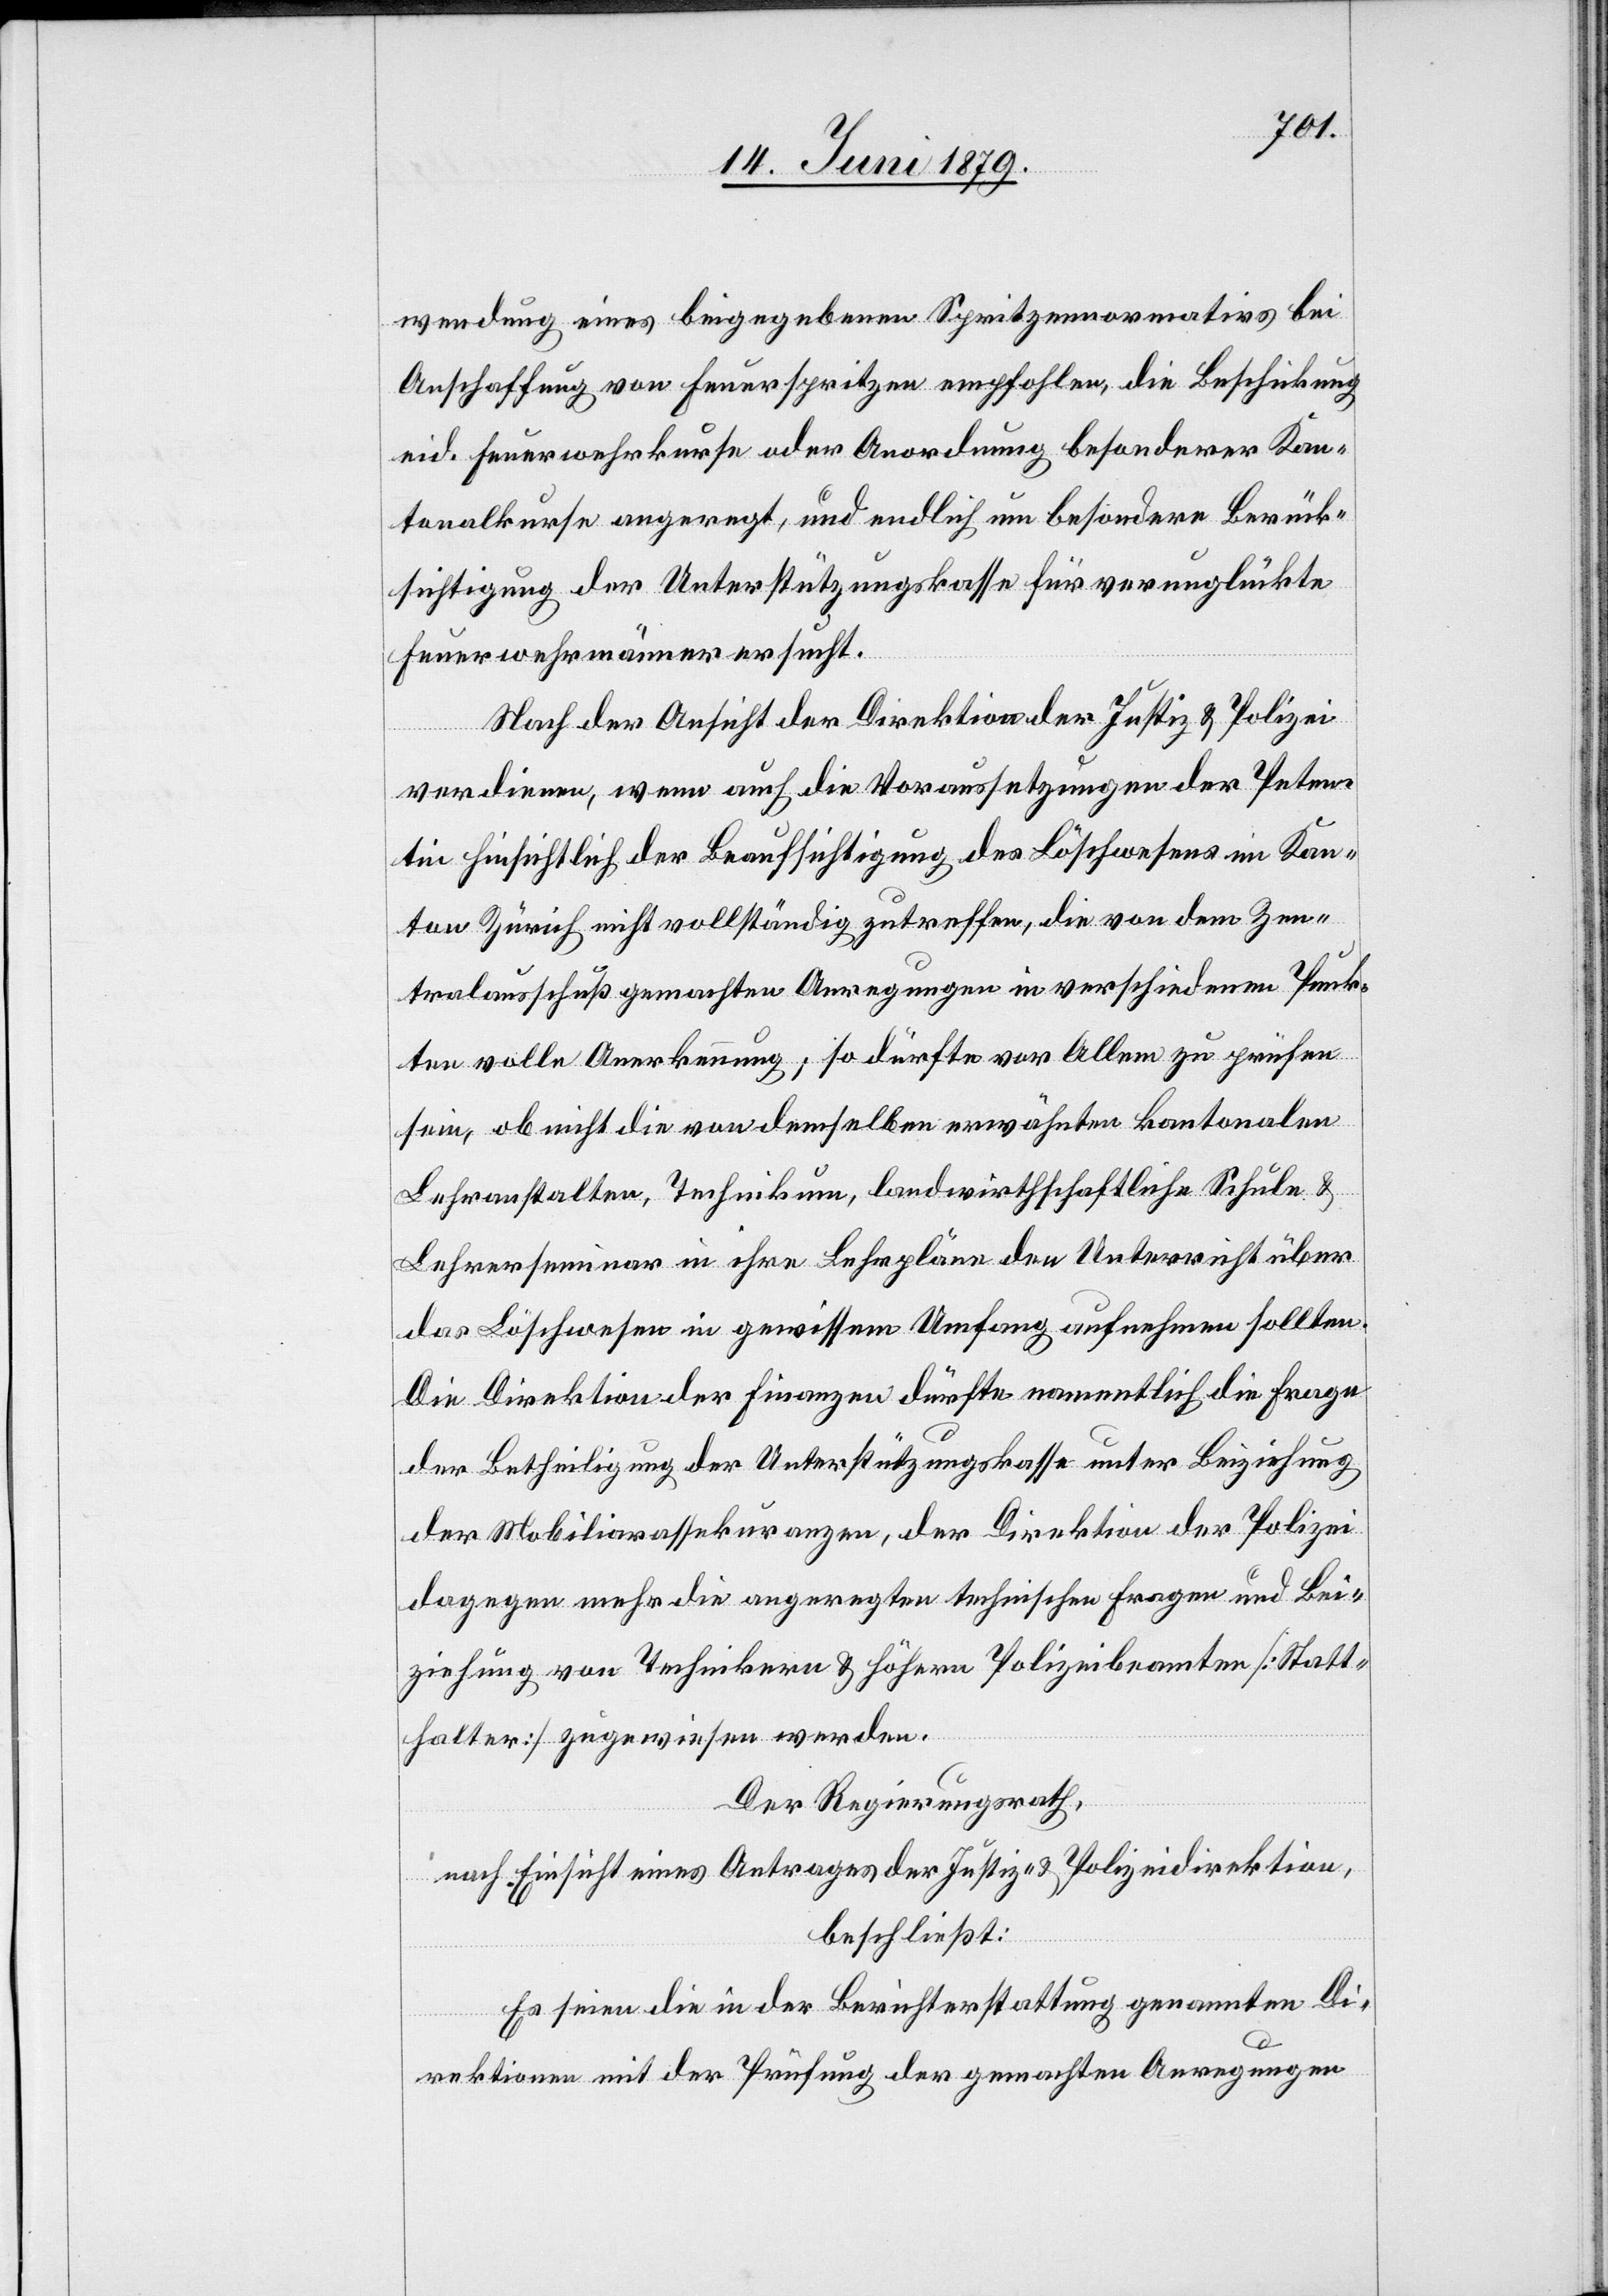
wendung eines beigegebenen Spritzennormativs bei
Anschaffung von Feuerspritzen empfohlen, die Beschickung
eid. Feuerwehrkurse oder Anordnung besonderer Kan¬
tonalkurse angeregt, und endlich um besondere Berück¬
sichtigung der Unterstützungskasse für verunglückte
Feuerwehrmänner ersucht.
Nach der Ansicht der Direktion der Justiz & Polizei
verdienen, wenn auch die Voraussetzungen der Peten¬
tin hinsichtlich der Beaufsichtigung des Löschwesens im Kan¬
ton Zürich nicht vollständig zutreffen, die von dem Zen¬
tralausschuß gemachten Anregungen in verschiedenen Punk¬
ten volle Anerkennung; so dürfte vor Allem zu prüfen
sein, ob nicht die von demselben erwähnten kantonalen
Lehranstalten, Technikum, landwirthschaftliche Schule &
Lehrerseminar in ihre Lehrpläne den Unterricht über
das Löschwesen in gewissem Umfang aufnehmen sollten.
Der] Direktion der Finanzen dürfte namentlich die Frage
der Betheiligung der Unterstützungskasse unter Beiziehung
der Mobiliarassekuranzen, der Direktion der Polizei
dagegen mehr die angeregten technischen Fragen und Bei¬
ziehung von Technikern & höhern Polizeibeamten [Statt¬
halter] zugewiesen werden.
Der Regierungsrath,
nach Einsicht eines Antrages der Justiz- & Polizeidirektion,
beschließt:
Es seien die in der Berichterstattung genannten Di¬
rektionen mit der Prüfung der gemachten Anregungen